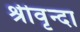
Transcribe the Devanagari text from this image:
श्रीवृन्दा